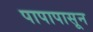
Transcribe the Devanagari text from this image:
पापापासून